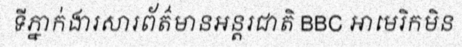
ទីភ្នាក់ងារសារព័ត៌មានអន្តរជាតិ BBC អាមេរិកមិន